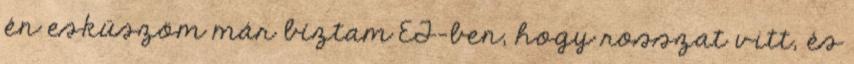
én esküszöm már bíztam ET-ben, hogy rosszat vitt, és